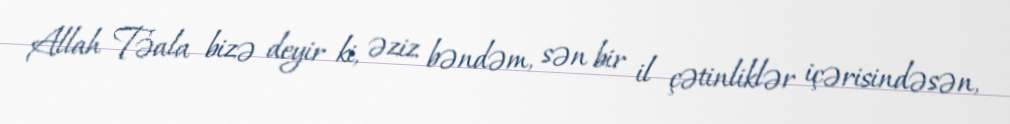
Allah Təala bizə deyir ki, əziz bəndəm, sən bir il çətinliklər içərisindəsən,